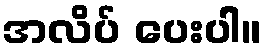
အလိပ် ပေးပါ။